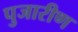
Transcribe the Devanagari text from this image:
पुजारीण